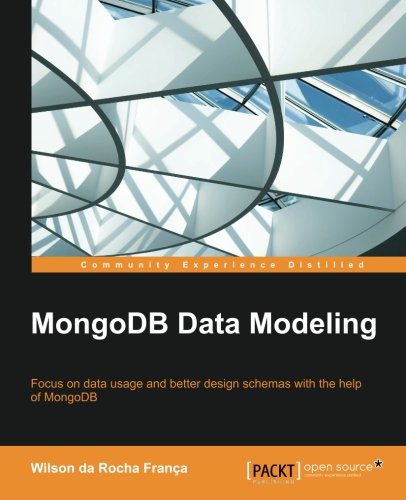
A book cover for MongoDB Data Modeling; Wilson da Rocha Franca; Computers & Technology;